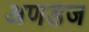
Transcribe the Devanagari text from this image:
अणडज